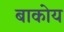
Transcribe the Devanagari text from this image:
बाकोय